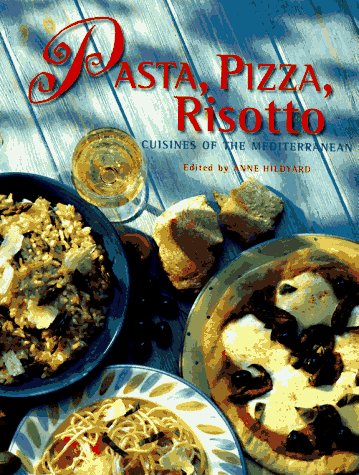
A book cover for Pasta, Pizza, Risotto; Cookbooks, Food & Wine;